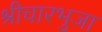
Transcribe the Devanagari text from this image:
श्रीचारभुजा